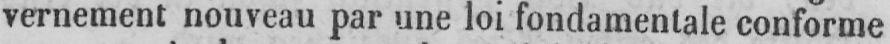
vernement nouveau par une loi fondamentale conforme